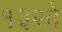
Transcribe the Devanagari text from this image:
१३२वे